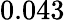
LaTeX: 0.043